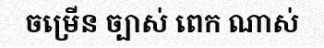
ចម្រើន ច្បាស់ ពេក ណាស់